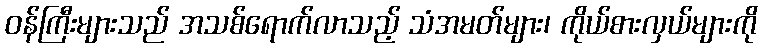
ဝန်ကြီးများသည် အသစ်ရောက်လာသည့် သံအမတ်များ၊ ကိုယ်စားလှယ်များကို